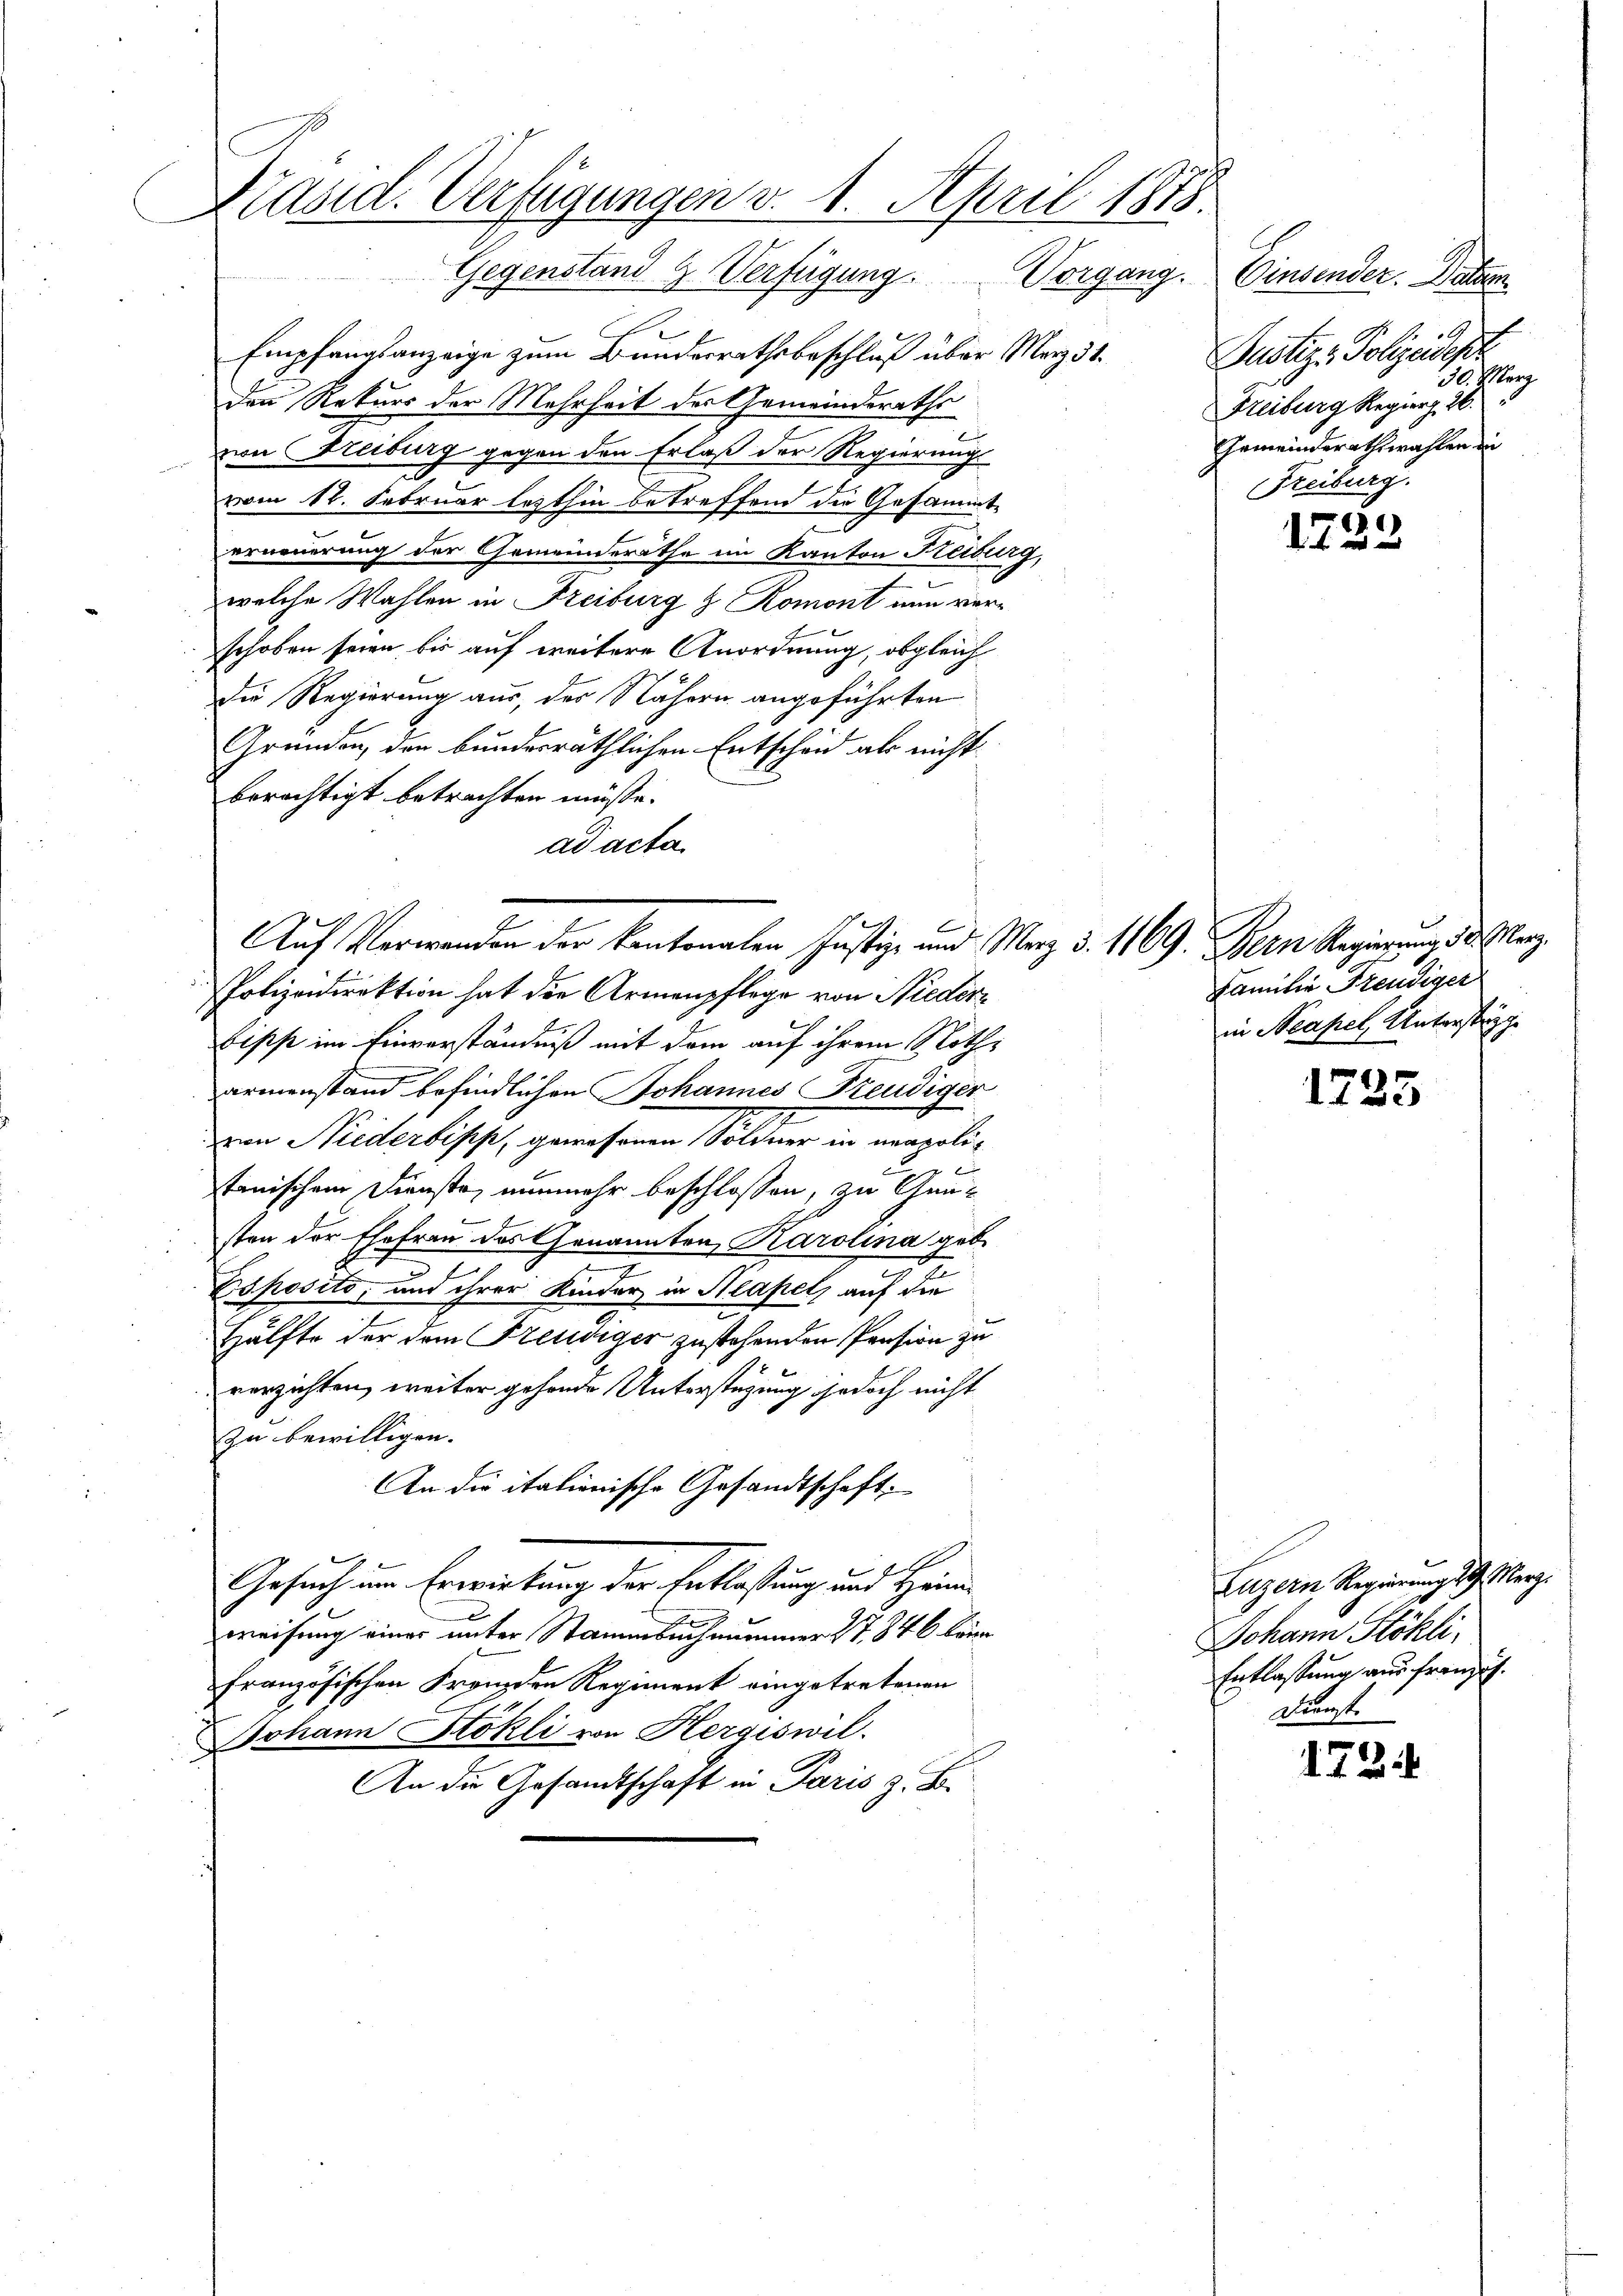
Präsid. Verfügungen v. 1. April 1878.
Gegenstand & Verfügung. Vorgang. Einsender. Datum

Empfangsanzeige zum Bundesrathsbeschluß über Merz d.
Denn Rekurs der Mehrheit des Gemeinderaths
von Freiburg gegen den Erlaß der Regierung
vom 12. Februar lezthin betreffend die Gesammt-
e
erneuerung der Gemeinderäthe im Kanton Freiburg,
welche Wahlen in Freiburg & Romont nun ver-
schoben seien bis auf weitere Anordnung, obgleich
Die Regierung aus, der Nähern angeführten
Gründen, den bundesräthlichen Entscheid als nicht
berechtigt betrachten müsse.
ad acta
Polizeidirektion hat die Armenpflege von Nieder¬
Lipp im Einverständniß mit dem auf ihrem Notharmenstand befindlichen Johannes Freudiger
von Niederbiss, gewesenen Söldner in neapolil
.
tanischem Dienste, nunmehr beschlossen, zu Gunsten der Ehefrau des Genannten Karolina geb.
Esposito, und ihrer Kinder in Neapel, auf die
Hälfte der dem Freudiger zustehenden Pension zu
verzichten, weiter gehende Unterstüzung jedoch nicht
zu bewilligen.
An die italienische Gesandtschaft
Gesuch um Erwirkung der Entlastung und Heim
A
weisung einer unter Stammbachnummer 17846 kein
französischen Fremden Regiment eingetretenen
Johann Stokli von Hergiswil.
An die Gesandtschaft in Paris z. B.

Auf Verwanden der kantonalen Justiz- und Merz d. 1169. Bern Regierung des Herz¬

Pustiz - Polizeidest
30. Merz
Freiburg Regieng 26.
Gemeindsrathswahlen in
Freiburg.

1723

Familie Freudiger
in Neapel Unterstepp

1735

Luzern Regierung 19. Merz
Johann Stökli,
Entlassung aus französ.
Dienst.

172